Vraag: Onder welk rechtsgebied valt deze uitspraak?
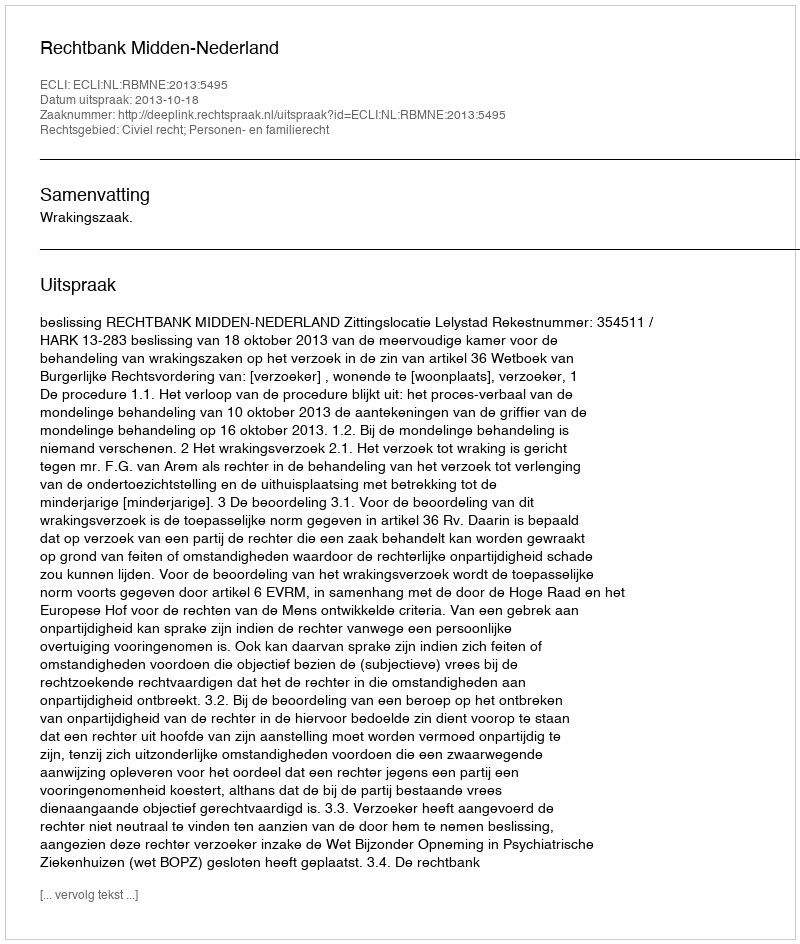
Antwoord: Civiel recht; Personen- en familierecht